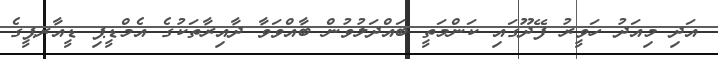
އަދި މިއަދު ހަވީރު ފޭދޫގައި ކަންމަތީ ބައްދަލުވުން ބާއްވަވާ ދާއިރާތަކުގެ އެމްޑީޕި ޑީއާރޕީގެ